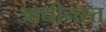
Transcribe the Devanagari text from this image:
आधीनस्त